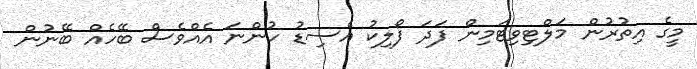
މީގެ އިތުރުން މަލްޓިވިޓަމިން ފަދަ ފޯލިކު އެސިޑު ހުންނަ އެއްވެސް ބޭހެއް ބޭނުން